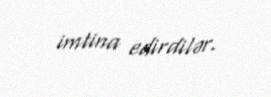
imtina edirdilər.